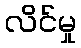
လိင်မှု